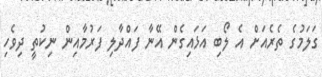
ގަލަމުގެ ތެރެއަށް އެ ލޯބި އަޅައިގެން އޭނާ ފައްދާލި ފަރުމާއިން ނިކުތީ ދިވެހި